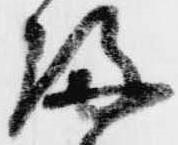
帰